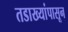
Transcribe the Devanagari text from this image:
तडाख्यांपासून